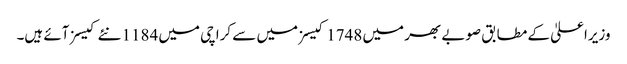
وزیراعلیٰ کے مطابق صوبے بھر میں 1748 کیسز میں سے کراچی میں 1184 نئے کیسز آئے ہیں۔